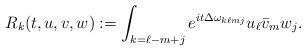
LaTeX: \begin{align*}R_k(t,u,v,w):=\int_{k=\ell-m+j}e^{it \Delta\omega_{k\ell mj}}u_\ell \bar v_m w_j.\end{align*}